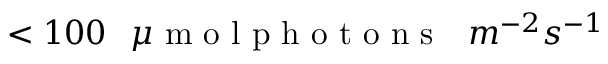
< 1 0 0 \phantom { x } \mu \textrm { m o l p h o t o n s } \phantom { x } m ^ { - 2 } s ^ { - 1 }